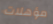
مؤهلات